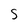
Character: S